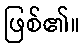
ဖြစ်၏။